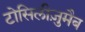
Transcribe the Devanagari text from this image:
टोसिलीज़ुमैब